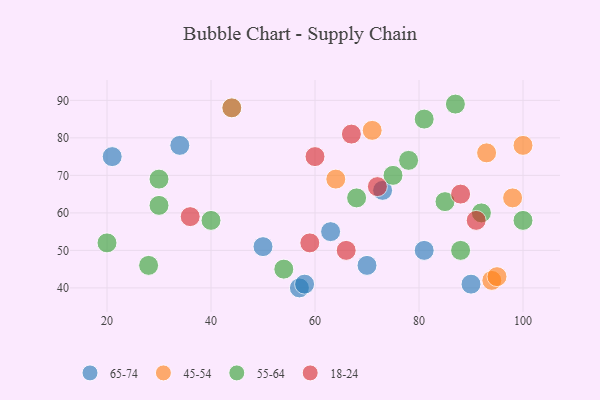
{"axis": {"x": "GDP", "y": "Life Expectancy"}, "legend": ["18-24", "45-54", "55-64", "65-74"], "data": [{"x": "34", "y": 78, "type": "65-74"}, {"x": "63", "y": 55, "type": "65-74"}, {"x": "57", "y": 40, "type": "65-74"}, {"x": "50", "y": 51, "type": "65-74"}, {"x": "73", "y": 66, "type": "65-74"}, {"x": "81", "y": 50, "type": "65-74"}, {"x": "44", "y": 88, "type": "65-74"}, {"x": "70", "y": 46, "type": "65-74"}, {"x": "58", "y": 41, "type": "65-74"}, {"x": "90", "y": 41, "type": "65-74"}, {"x": "21", "y": 75, "type": "65-74"}, {"x": "94", "y": 42, "type": "45-54"}, {"x": "44", "y": 88, "type": "45-54"}, {"x": "95", "y": 43, "type": "45-54"}, {"x": "71", "y": 82, "type": "45-54"}, {"x": "93", "y": 76, "type": "45-54"}, {"x": "100", "y": 78, "type": "45-54"}, {"x": "64", "y": 69, "type": "45-54"}, {"x": "98", "y": 64, "type": "45-54"}, {"x": "85", "y": 63, "type": "55-64"}, {"x": "78", "y": 74, "type": "55-64"}, {"x": "30", "y": 62, "type": "55-64"}, {"x": "100", "y": 58, "type": "55-64"}, {"x": "40", "y": 58, "type": "55-64"}, {"x": "28", "y": 46, "type": "55-64"}, {"x": "20", "y": 52, "type": "55-64"}, {"x": "88", "y": 50, "type": "55-64"}, {"x": "30", "y": 69, "type": "55-64"}, {"x": "92", "y": 60, "type": "55-64"}, {"x": "81", "y": 85, "type": "55-64"}, {"x": "87", "y": 89, "type": "55-64"}, {"x": "68", "y": 64, "type": "55-64"}, {"x": "75", "y": 70, "type": "55-64"}, {"x": "54", "y": 45, "type": "55-64"}, {"x": "91", "y": 58, "type": "18-24"}, {"x": "60", "y": 75, "type": "18-24"}, {"x": "36", "y": 59, "type": "18-24"}, {"x": "66", "y": 50, "type": "18-24"}, {"x": "88", "y": 65, "type": "18-24"}, {"x": "59", "y": 52, "type": "18-24"}, {"x": "67", "y": 81, "type": "18-24"}, {"x": "72", "y": 67, "type": "18-24"}]}